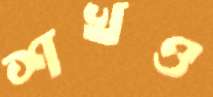
শখও